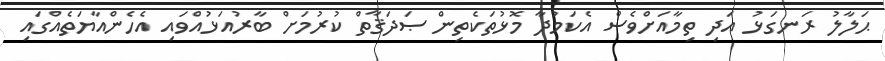
ޙަލާލު ރަނގަޅު އަދި ތިމާއަށްވެސް އެކަމުދާ މޮޅުތަކެތިން ޞަދަޤާތް ކުރުމަށް ބާރުއަޅުއްވައި އެހެންއާޔަތެއްގައި